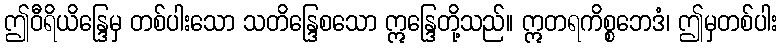
ဤဝီရိယိန္ဒြေမှ တစ်ပါးသော သတိန္ဒြေစသော ဣန္ဒြေတို့သည်။ ဣတရကိစ္စဘေဒံ၊ ဤမှတစ်ပါး